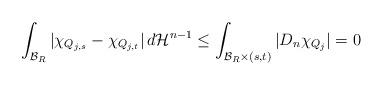
LaTeX: \begin{align*} \int_{\mathcal{B}_R}|\chi_{Q_{j,s}} - \chi_{Q_{j,t}}| \, d\mathcal{H}^{n-1} \leq \int_{\mathcal{B}_R\times(s,t)} |D_n\chi_{Q_j}| = 0\end{align*}